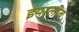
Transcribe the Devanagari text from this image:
इयरलोब